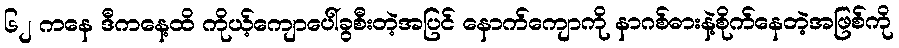
၆၂ ကနေ ဒီကနေ့ထိ ကိုယ့်ကျောပေါ်ခွစီးတဲ့အပြင် နောက်ကျောကို နာဂစ်ဓားနဲ့စိုက်နေတဲ့အဖြစ်ကို